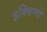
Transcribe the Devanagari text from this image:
इक्सिम्चे